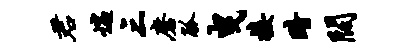
君遄三磨觚曳接暗阔